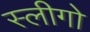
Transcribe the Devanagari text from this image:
स्लीगो